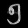
Digit: ၅